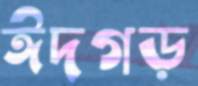
ঈদগড়